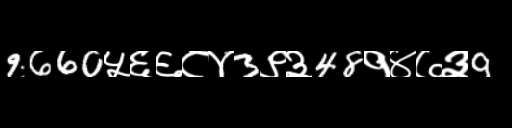
Text: 9660५६६८४3९३48१४७३9